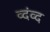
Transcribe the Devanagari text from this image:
व्दंव्द